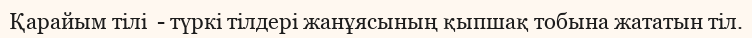
Қарайым тілі  - түркі тілдері жанұясының қыпшақ тобына жататын тіл.